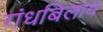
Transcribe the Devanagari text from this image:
गंधबिलाव